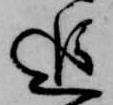
追